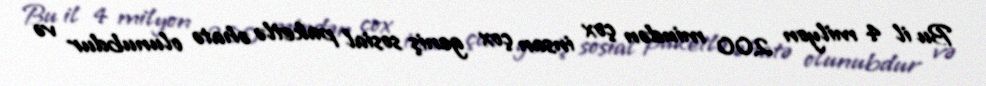
Bu il 4 milyon 200 mindən çox insan çox geniş sosial paketlə əhatə olunubdur və